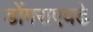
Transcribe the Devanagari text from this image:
डोंगराएवढे